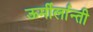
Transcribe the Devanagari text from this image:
ऊर्मीर्लान्ती